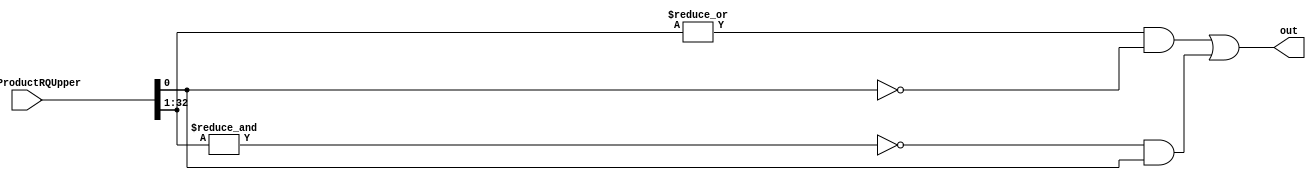
module mult_Exception(currProductRQUpper, out);
    input [32:0] currProductRQUpper;
    output out;

    assign out = ((|currProductRQUpper[32:1]) & !(currProductRQUpper[0])) | (!(&currProductRQUpper[32:1]) & (currProductRQUpper[0]));
endmodule